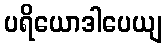
ပရိယောဒါပေယျ